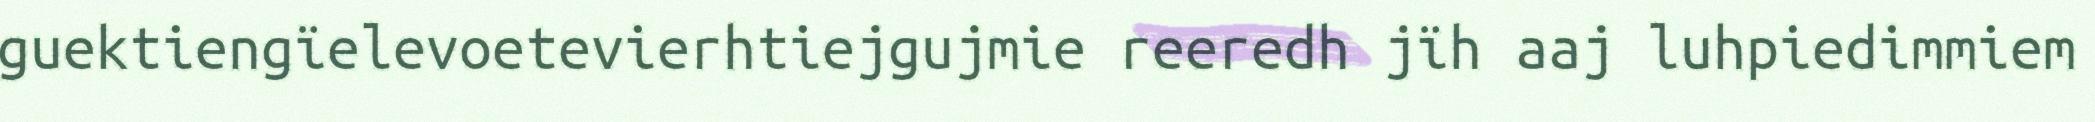
guektiengïelevoetevierhtiejgujmie reeredh jïh aaj luhpiedimmiem